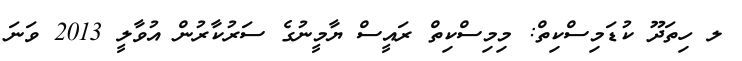
ލ ހިތަދޫ ކުޑަމިސްކިތް: މިމިސްކިތް ރައީސް ޔާމީނުގެ ސަރުކާރުން އުވާލީ 2013 ވަނަ